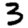
Digit: 3